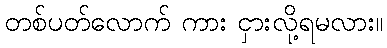
တစ်ပတ်လောက် ကား ငှားလို့ရမလား။